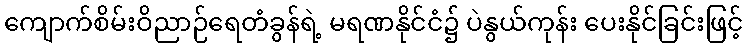
ကျောက်စိမ်းဝိညာဉ်ရေတံခွန်ရဲ့ မရဏနိုင်ငံ၌ ပဲနွယ်ကုန်း ပေးနိုင်ခြင်းဖြင့်